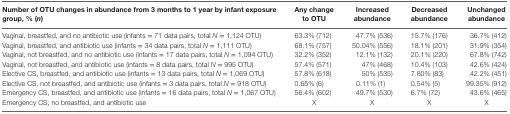
<table><thead><tr><td><b>Number of OTU changes in abundance from 3 months to 1 year by infant exposure group, % (<i>n</i>)</b></td><td><b>Any change to OTU</b></td><td><b>Increased abundance</b></td><td><b>Decreased abundance</b></td><td><b>Unchanged abundance</b></td></tr></thead><tbody><tr><td>Vaginal, breastfed, and no antibiotic use (infants = 71 data pairs, total <i>N</i> = 1,124 OTU)</td><td>63.3% (712)</td><td>47.7% (536)</td><td>15.7% (176)</td><td>36.7% (412)</td></tr><tr><td>Vaginal, breastfed, and antibiotic use (infants = 34 data pairs, total <i>N</i> = 1,111 OTU)</td><td>68.1% (757)</td><td>50.04% (556)</td><td>18.1% (201)</td><td>31.9% (354)</td></tr><tr><td>Vaginal, not breastfed, and no antibiotic use (infants = 17 data pairs, total <i>N</i> = 1,094 OTU)</td><td>32.2% (352)</td><td>12.1% (132)</td><td>20.1% (220)</td><td>67.8% (742)</td></tr><tr><td>Vaginal, not breastfed, and antibiotic use (infants = 8 data pairs, total <i>N</i> = 995 OTU)</td><td>57.4% (571)</td><td>47% (468)</td><td>10.4% (103)</td><td>42.6% (424)</td></tr><tr><td>Elective CS, breastfed, and antibiotic use (infants = 13 data pairs, total <i>N</i> = 1,069 OTU)</td><td>57.8% (618)</td><td>50% (535)</td><td>7.80% (83)</td><td>42.2% (451)</td></tr><tr><td>Elective CS, not breastfed, and antibiotic use (infants = 3 data pairs, total <i>N</i> = 918 OTU)</td><td>0.65% (6)</td><td>0.11% (1)</td><td>0.54% (5)</td><td>99.35% (912)</td></tr><tr><td>Emergency CS, breastfed, and antibiotic use (infants = 16 data pairs, total <i>N</i> = 1,067 OTU)</td><td>56.4% (602)</td><td>49.7% (530)</td><td>6.7% (72)</td><td>43.6% (465)</td></tr><tr><td>Emergency CS, no breastfed, and antibiotic use</td><td>X</td><td>X</td><td>X</td><td>X</td></tr></tbody></table>